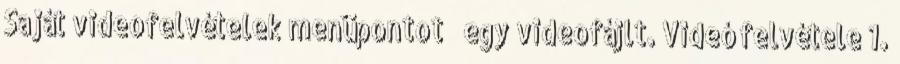
Saját videofelvételek menüpontot → egy videofájlt. Videó felvétele 1.